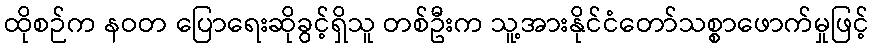
ထိုစဉ်က နဝတ ပြောရေးဆိုခွင့်ရှိသူ တစ်ဦးက သူ့အားနိုင်ငံတော်သစ္စာဖောက်မှုဖြင့်